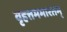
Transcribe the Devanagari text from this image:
वृहत्तमभारतम्